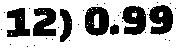
12) 0.99